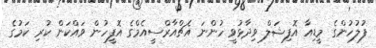
ފުލުހުންގެ މީޑިއާ އޮފިޝަލް ވިދާޅުވީ ހުންނަ އެޗްއާރްސީއެމްގެ އޮފީހުން ވައްކަން ކުރި ކަމުގެ